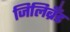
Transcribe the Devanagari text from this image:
जिलिब्रँड